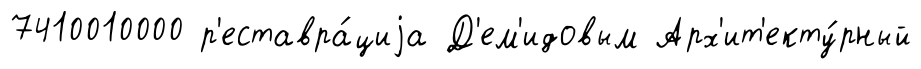
7410010000 р'еставра́циjа Д'ем'идовым Арх'ит'екту́рный